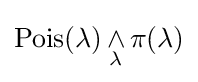
\operatorname {Pois} (\lambda )\,{\underset {\lambda }{\wedge }}\,\pi (\lambda )